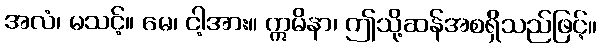
အလံ၊ မသင့်။ မေ၊ ငါ့အား။ ဣမိနာ၊ ဤသို့ဆန်အစရှိသည်ဖြင့်။